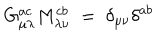
G _ { \mu \lambda } ^ { a c } M _ { \lambda \nu } ^ { c b } \; = \; \delta _ { \mu \nu } \delta ^ { a b }